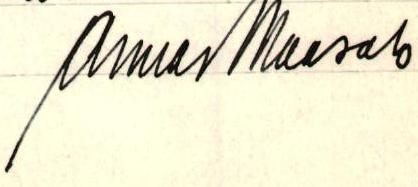
Armas Maasalo